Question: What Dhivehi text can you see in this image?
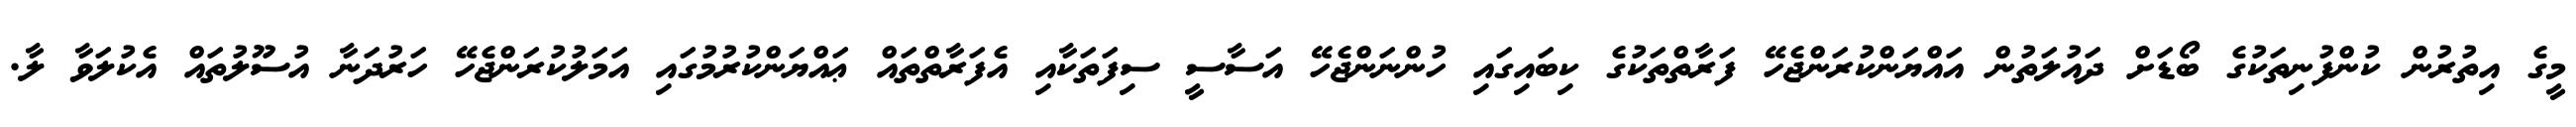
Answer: މީގެ އިތުރުން ކުންފުނިތަކުގެ ބޯޑަށް ދައުލަތުން އައްޔަންކުރަންޖެހޭ ފަރާތްތަކުގެ ކިބައިގައި ހުންނަންޖެހޭ އަސާސީ ސިފަތަކާއި އެފަރާތްތައް ޢައްޔަންކުރުމުގައި އަމަލުކުރަންޖެހޭ ހަރުދަނާ އުސޫލުތައް އެކުލަވާ ލާ.